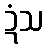
ဍံသ